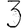
Digit: 3